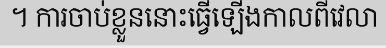
។ ការចាប់ខ្លួននោះធ្វើឡើងកាលពីវេលា